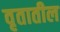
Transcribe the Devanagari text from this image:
वृतातील